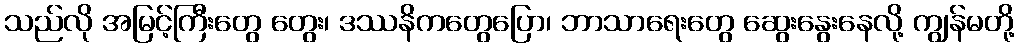
သည်လို အမြင့်ကြီးတွေ တွေး၊ ဒဿနိကတွေပြော၊ ဘာသာရေးတွေ ဆွေးနွေးနေလို့ ကျွန်မတို့